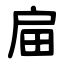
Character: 㧂